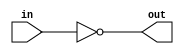
// Verilog has separate bitwise-NOT (~) and logical-NOT (!) operators, like C. 
// Since we're working with a one-bit here, it doesn't matter which we choose.
module top_module( input in, output out );
  
  assign out = ~in;
  
endmodule